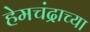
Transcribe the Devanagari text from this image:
हेमचंद्राच्या